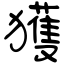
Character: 獲